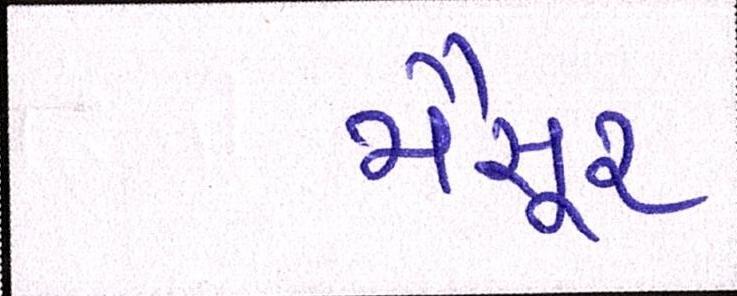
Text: મૈસૂર